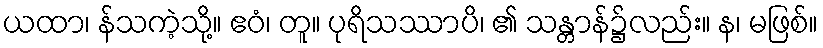
ယထာ၊ န်သကဲ့သို့။ ဧဝံ၊ တူ။ ပုရိသဿာပိ၊ ၏ သန္တာန်၌လည်း။ န၊ မဖြစ်။